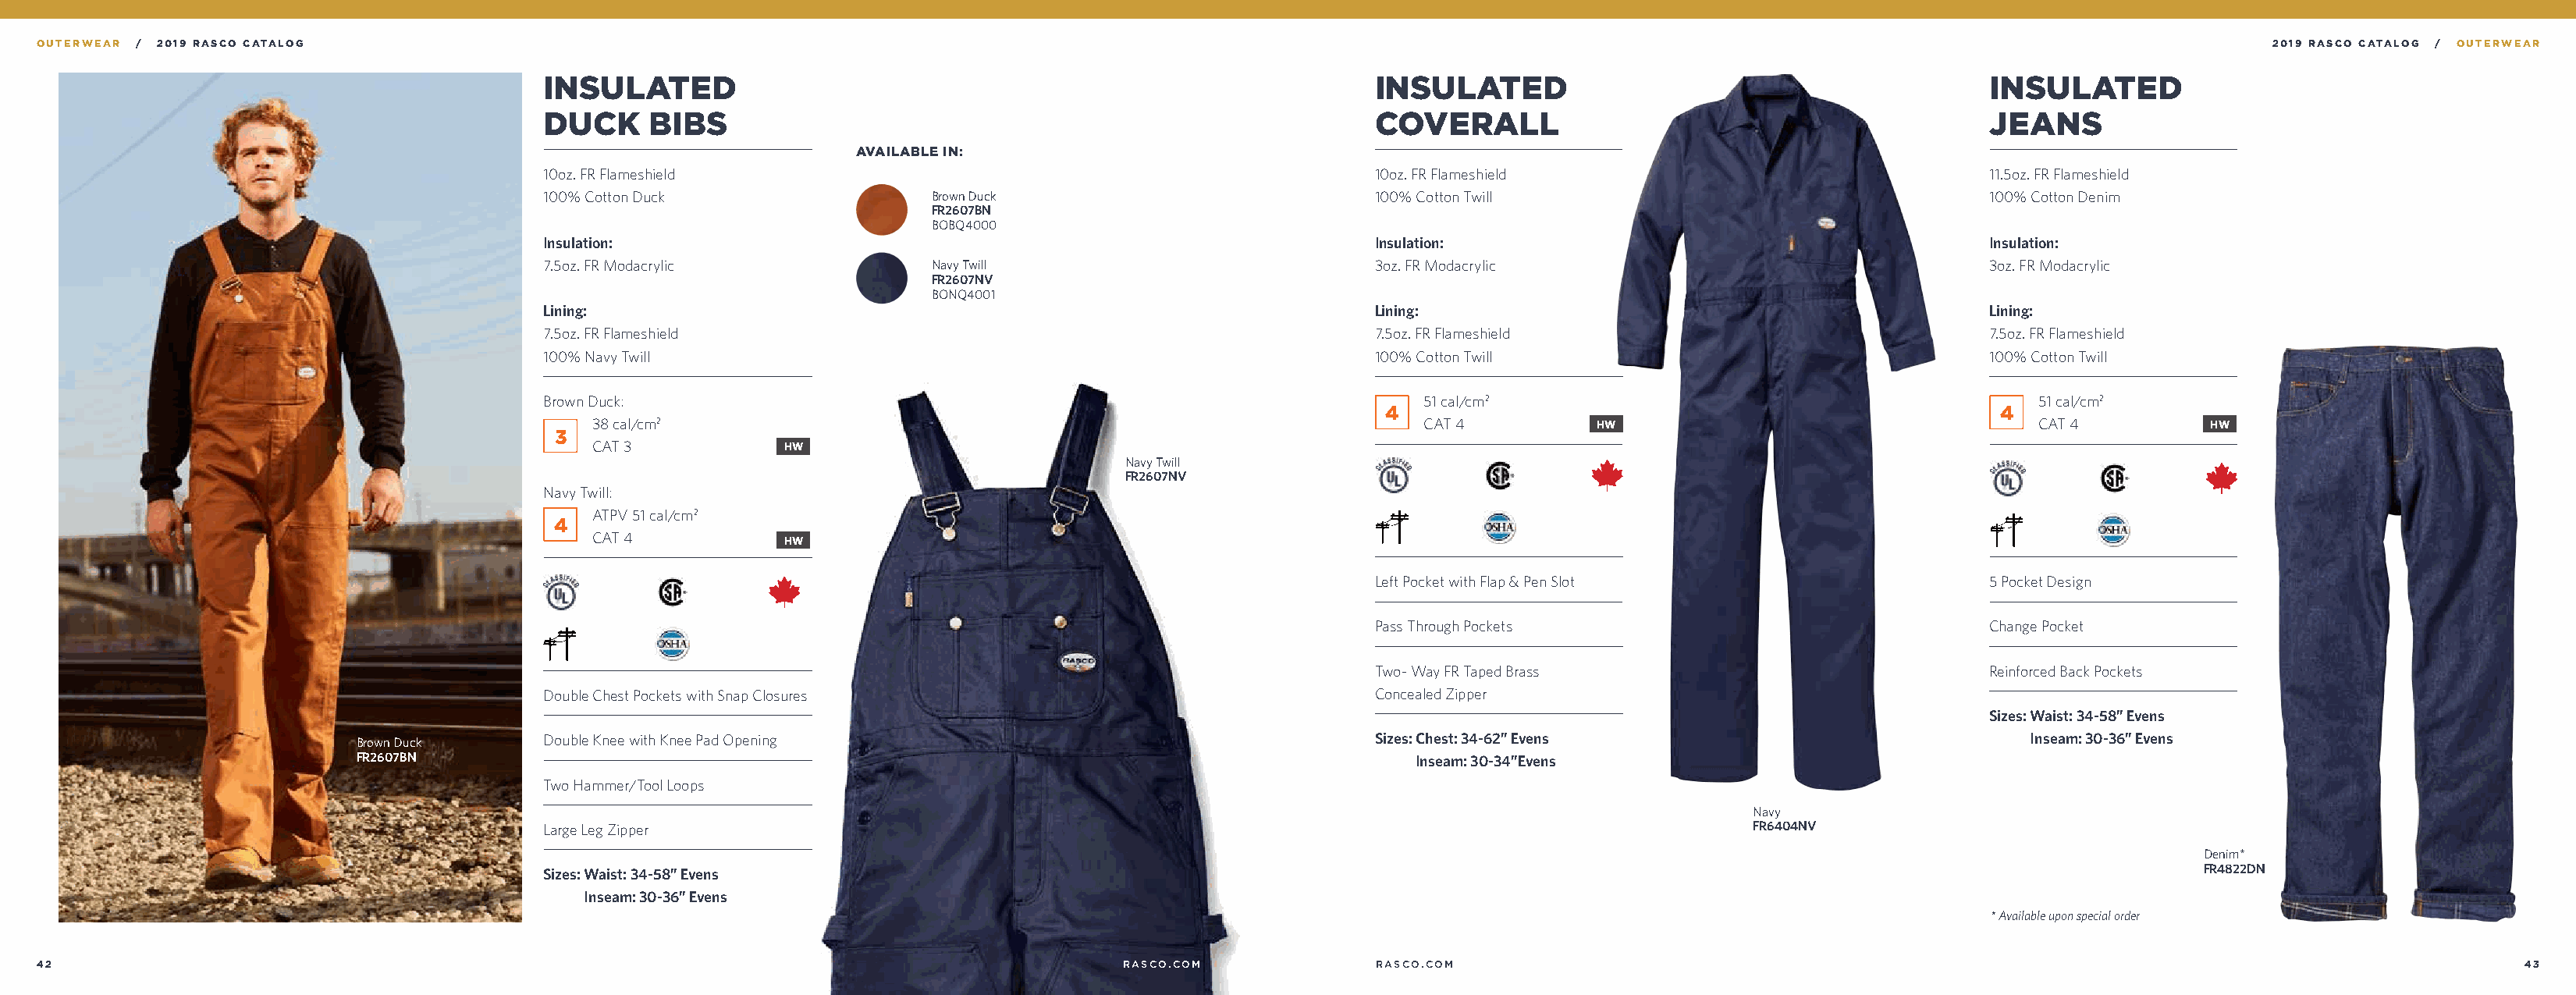
OUTERWEAR / 2019 RASCO CATALOG                                                                                                                                                                2019 RASCO CATALOG / OUTERWEAR
 INSULATED                                                              INSULATED                                           INSULATED
 DUCK     BIBS                                                          COVERALL                                            JEANS
 AVAILABLE IN:
 10oz. FR Flameshield                                                   10oz. FR Flameshield                                11.5oz. FR Flameshield
 100% Cotton Duck                 Brown Duck                            100% Cotton Twill                                   100% Cotton Denim
 FR2607BN
 BOBQ4000
 Insulation:                                                            Insulation:                                         Insulation:
 7.5oz. FR Modacrylic             Navy Twill                            3oz. FR Modacrylic                                  3oz. FR Modacrylic
 FR2607NV
 BONQ4001
 Lining:                                                                Lining:                                             Lining:
 7.5oz. FR Flameshield                                                  7.5oz. FR Flameshield                               7.5oz. FR Flameshield
 100% Navy Twill                                                        100% Cotton Twill                                   100% Cotton Twill
 Brown Duck:                                                                51 cal/cm2                                          51 cal/cm2
 4                                                    4
 38 cal/cm2                                                             CAT 4         HW                                    CAT 4         HW
 3
 CAT 3           HW
 Navy Twill
 FR2607NV
 Navy Twill:
 ATPV 51 cal/cm2
 4
 CAT 4           HW
 Left Pocket with Flap & Pen Slot                    5 Pocket Design
 Pass Through Pockets                                Change Pocket
 Two- Way FR Taped Brass                             Reinforced Back Pockets
 Double Chest Pockets with Snap Closures                                Concealed Zipper
 Sizes: Waist: 34-58” Evens
 Brown Duck      Double Knee with Knee Pad Opening                                      Sizes: Chest: 34-62” Evens                             Inseam: 30-36” Evens
 FR2607BN                                                                                  Inseam: 30-34”Evens
 Two Hammer/Tool Loops
 Navy
 Large Leg Zipper                                                                                       FR6404NV
 Denim*
 Sizes: Waist: 34-58” Evens                                                                                                                   FR4822DN
 Inseam: 30-36” Evens
 * Available upon special order
 42                                                                                          RASCO.COM             RASCO.COM                                                                                        43